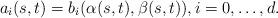
LaTeX: \begin{align*}a_i(s,t) = b_i(\alpha(s,t),\beta(s,t)),i = 0,\dots,d.\end{align*}